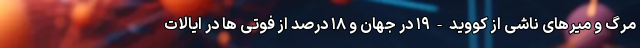
مرگ و میرهای ناشی از کووید-۱۹ در جهان و ۱۸ درصد از فوتی ها در ایالات